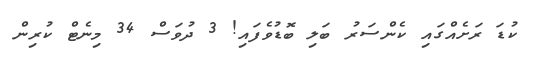
ކުޑަ ރަށެއްގައި ކެންސަރު ބަލި ބޮޑުވެފައި! 3 ދުވަސް 34 މިނެޓް ކުރިން